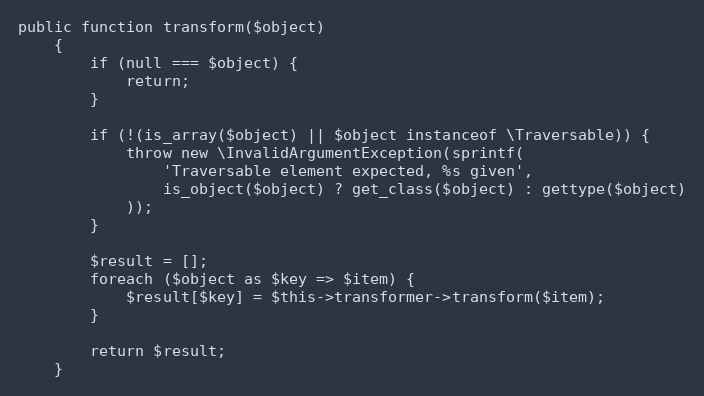
Language: PHP
public function transform($object)
    {
        if (null === $object) {
            return;
        }

        if (!(is_array($object) || $object instanceof \Traversable)) {
            throw new \InvalidArgumentException(sprintf(
                'Traversable element expected, %s given',
                is_object($object) ? get_class($object) : gettype($object)
            ));
        }

        $result = [];
        foreach ($object as $key => $item) {
            $result[$key] = $this->transformer->transform($item);
        }

        return $result;
    }